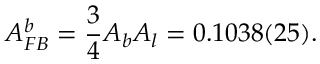
A _ { F B } ^ { b } = \frac { 3 } { 4 } A _ { b } A _ { l } = 0 . 1 0 3 8 ( 2 5 ) .